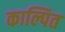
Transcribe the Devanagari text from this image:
काल्पित